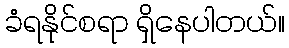
ခံရနိုင်စရာ ရှိနေပါတယ်။